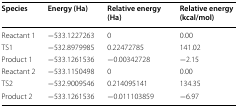
| Species | Energy (Ha) | Relative energy (Ha) | Relative energy (kcal/mol) |
 | --- | --- | --- | --- |
 | Reactant 1 | −533.1227263 | 0 | 0.00 |
 | TS1 | −532.8979985 | 0.22472785 | 141.02 |
 | Product 1 | −533.1261536 | −0.00342728 | −2.15 |
 | Reactant 2 | −533.1150498 | 0 | 0.00 |
 | TS2 | −532.9009546 | 0.214095141 | 134.35 |
 | Product 2 | −533.1261536 | −0.011103859 | −6.97 |